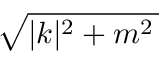
\sqrt { | k | ^ { 2 } + m ^ { 2 } \, }